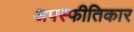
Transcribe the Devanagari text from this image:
अपस्फीतिकार